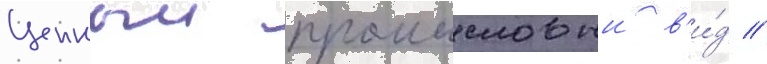
Ценныи промысловыи в'и́д //